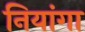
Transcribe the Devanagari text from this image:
नियांगा